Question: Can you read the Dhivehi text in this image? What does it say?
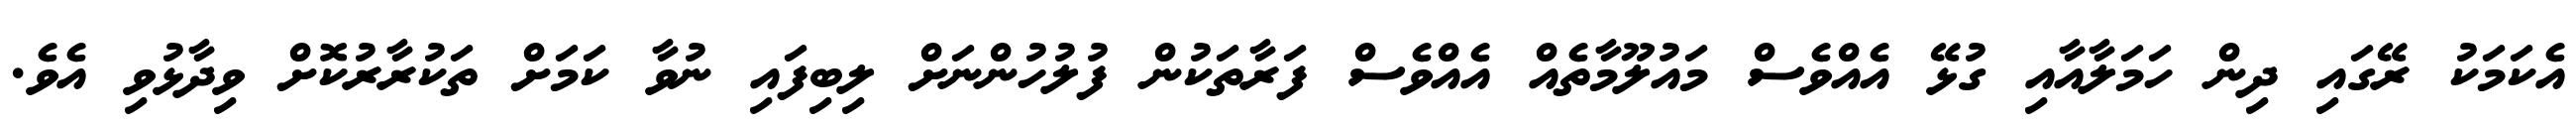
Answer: އެކަމަކު ރޭގައި ދިން ހަމަލާއާއި ގުޅޭ އެއްވެސް މައުލޫމާތެއް އެއްވެސް ފަރާތަކުން ފުލުހުންނަށް ލިބިފައި ނުވާ ކަމަށް ތަކުރާރުކޮށް ވިދާޅުވި އެވެ.